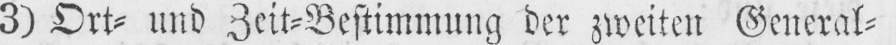
3) Ort⸗ und Zeit⸗Bestimmung der zweiten General⸗